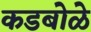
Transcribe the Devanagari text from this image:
कडबोळे